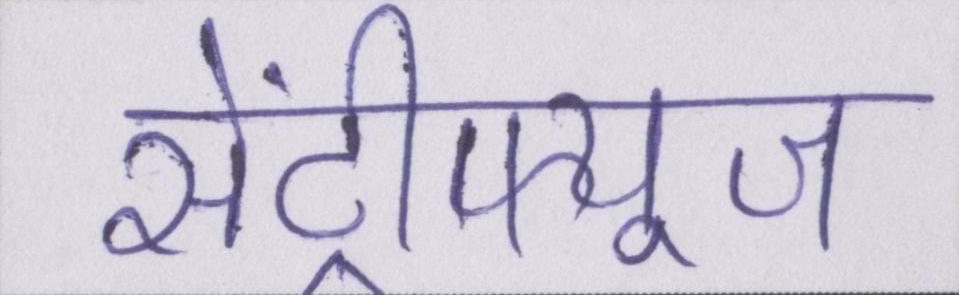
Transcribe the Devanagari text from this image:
सेंट्रीफ्यूज